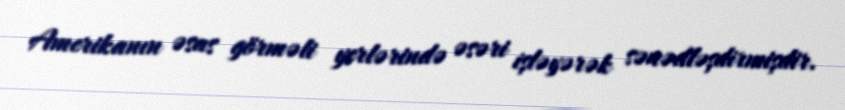
Amerikanın əsas görməli yerlərində əsəri işləyərək sənədləşdirmişdir.